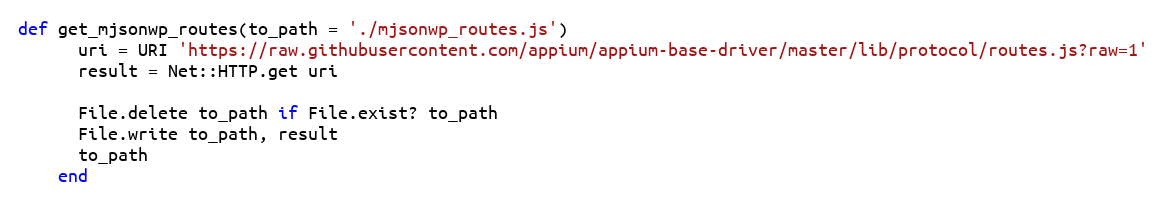
Language: Ruby
def get_mjsonwp_routes(to_path = './mjsonwp_routes.js')
      uri = URI 'https://raw.githubusercontent.com/appium/appium-base-driver/master/lib/protocol/routes.js?raw=1'
      result = Net::HTTP.get uri

      File.delete to_path if File.exist? to_path
      File.write to_path, result
      to_path
    end